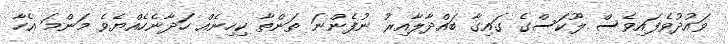
ވައުދުވެފައިވެސް ލޫކަސްގެ ގައިގާ ބައްދާލާއިރު ނުފެންނަ ތަންތާ ކިހިނެއް ހަދާނެހެއްޔެވެ މަންމަ އެހާ